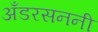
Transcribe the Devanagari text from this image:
अँडरसननी